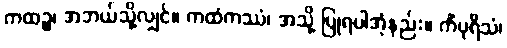
ကထဉ္စ၊ အဘယ်သို့လျှင်။ ကထံကဿံ၊ အသို့ ပြုရပါအံ့နည်း။ ကိံပုရိသံ၊